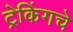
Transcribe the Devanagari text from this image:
ट्रेकिंगचे